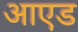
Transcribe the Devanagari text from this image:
आएड